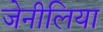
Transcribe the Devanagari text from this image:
जेनीलिया